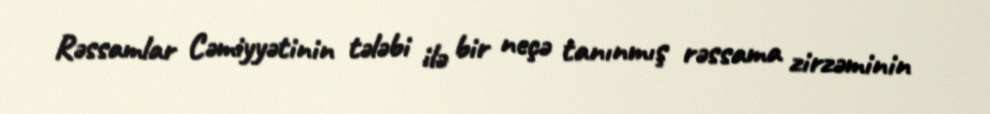
Rəssamlar Cəmiyyətinin tələbi ilə bir neçə tanınmış rəssama zirzəminin